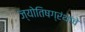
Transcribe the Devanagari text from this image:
ज्योतिषग्रंथांचे